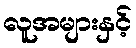
လူအများနှင့်